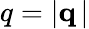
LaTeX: q=|{\mathbf q}\, |